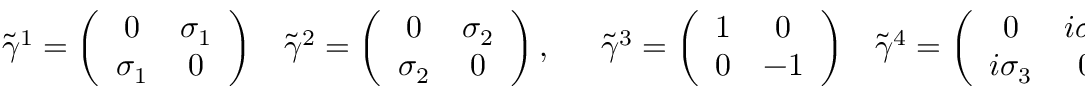
\begin{array} { c c } { { \tilde { \gamma } ^ { 1 } = \left( \begin{array} { c c } { { 0 } } & { { \sigma _ { 1 } } } \\ { { \sigma _ { 1 } } } & { { 0 } } \end{array} \right) } } & { { \tilde { \gamma } ^ { 2 } = \left( \begin{array} { c c } { { 0 } } & { { \sigma _ { 2 } } } \\ { { \sigma _ { 2 } } } & { { 0 } } \end{array} \right) , \quad \begin{array} { c c } { { \tilde { \gamma } ^ { 3 } = \left( \begin{array} { c c } { { 1 } } & { { 0 } } \\ { { 0 } } & { { - 1 } } \end{array} \right) } } & { { \tilde { \gamma } ^ { 4 } = \left( \begin{array} { c c } { { 0 } } & { { i \sigma _ { 3 } } } \\ { { i \sigma _ { 3 } } } & { { 0 } } \end{array} \right) } } \end{array} } } \end{array}